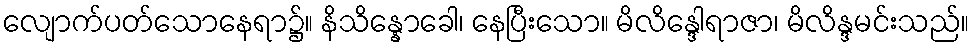
လျောက်ပတ်သောနေရာ၌။ နိသိန္နောခေါ၊ နေပြီးသော။ မိလိန္ဒေါရာဇာ၊ မိလိန္ဒမင်းသည်။